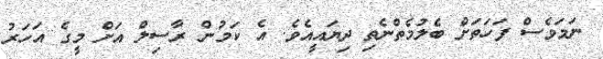
ނަމަވެސް ފަހަތަށް ބެލުމެތްނެތި ދިޔައީއެވެ. އެ ކަމުން ރާސިލް އަށް މީގެ އަހަރު